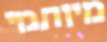
מיותמי